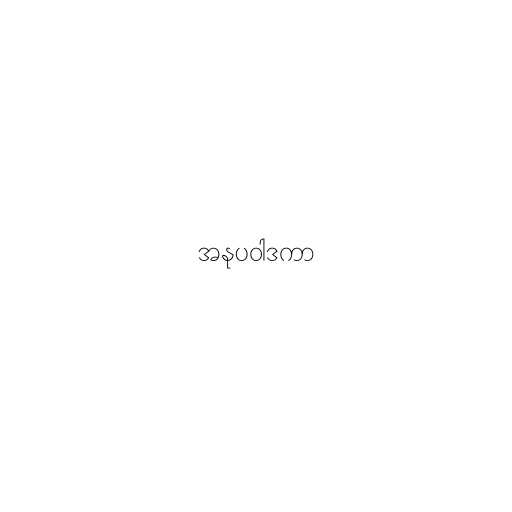
အနုပဝါဒကာ